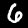
Label: 6